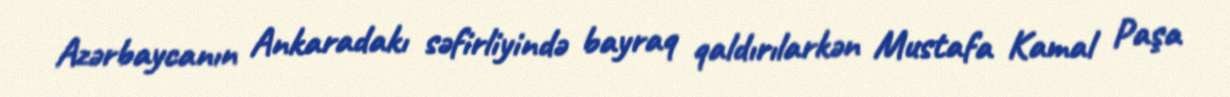
Azərbaycanın Ankaradakı səfirliyində bayraq qaldırılarkən Mustafa Kamal Paşa